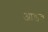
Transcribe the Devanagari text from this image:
आडवं